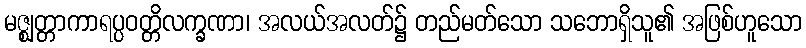
မဇ္ဈတ္တာကာရပ္ပဝတ္တိလက္ခဏာ၊ အလယ်အလတ်၌ တည်မတ်သော သဘောရှိသူ၏ အဖြစ်ဟူသော